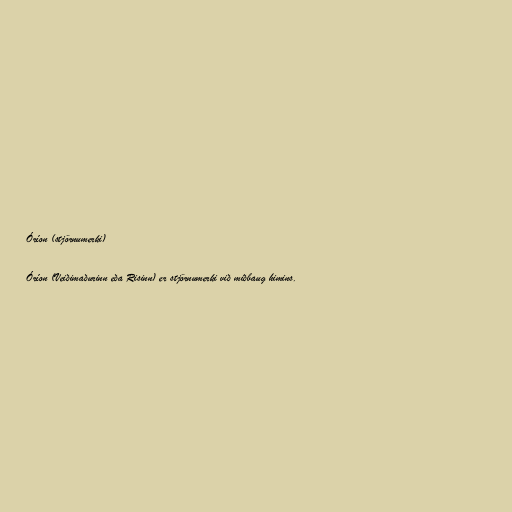
Óríon (stjörnumerki)

Óríon (Veiðimaðurinn eða Risinn) er stjörnumerki við miðbaug himins.